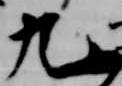
九